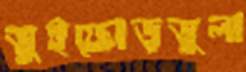
ভুইফোড়ভুলা